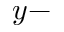
y -